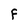
Character: F